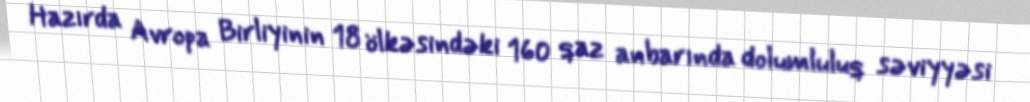
Hazırda Avropa Birliyinin 18 ölkəsindəki 160 qaz anbarında dolumluluq səviyyəsi